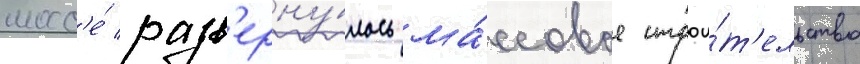
шосс'е́ разв'ерну́лось ма́ссовое строи́т'ельство